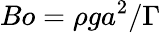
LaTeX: Bo={\rho}ga^{2}/\Gamma